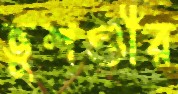
ভুশণ্ডীর